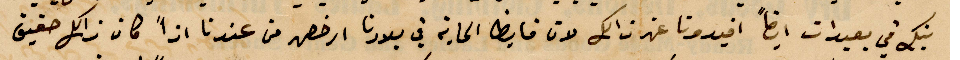
افيدونا عن ذلك لان فايظ الماية في بلادنا ارخص من عندنا اذًا كان ذلك حقيق